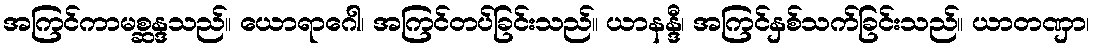
အကြင်ကာမစ္ဆန္ဒသည်။ ယောရာဂေါ၊ အကြင်တပ်ခြင်းသည်။ ယာနန္ဒီ၊ အကြင်နှစ်သက်ခြင်းသည်။ ယာတဏှာ၊